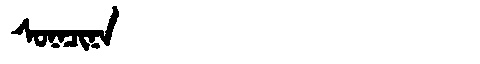
Manchu: ᠰᠣᠨᠠᠴᡳᠨᠠ
Romanization: SONACINA